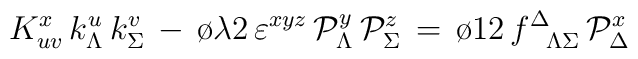
K^x_{uv} \, k^u_\Lambda \, k^v_\Sigma \, - \,{ \o{\lambda}{2}} \, \varepsilon^{xyz} \,{\cal P}_\Lambda^y  \, {\cal P}_\Sigma^z\,= \,  {\o{1}{2}} \,f^{\Delta}_{\phantom{\Delta}\Lambda\Sigma}\, {\cal P}_\Delta^{x}